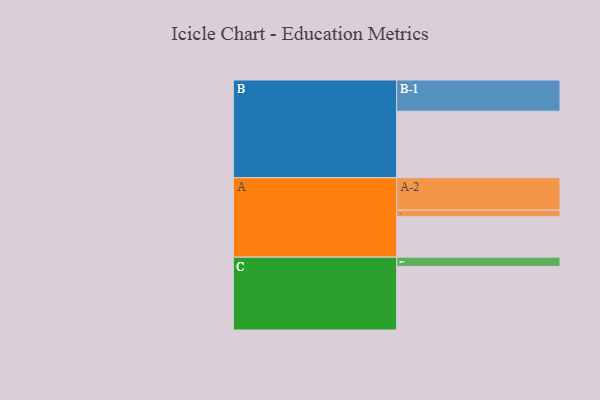
{"axis": {"x": "Segment", "y": "Value"}, "legend": ["", "A", "B", "C"], "data": [{"x": "A", "y": 338, "type": ""}, {"x": "B", "y": 557, "type": ""}, {"x": "C", "y": 532, "type": ""}, {"x": "A-1", "y": 55, "type": "A"}, {"x": "A-2", "y": 272, "type": "A"}, {"x": "B-1", "y": 261, "type": "B"}, {"x": "C-1", "y": 78, "type": "C"}]}